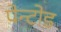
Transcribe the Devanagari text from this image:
पेन्टोड